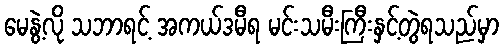
မေနွဲ့လို သဘာရင့် အကယ်ဒမီရ မင်းသမီးကြီးနှင့်တွဲရသည်မှာ